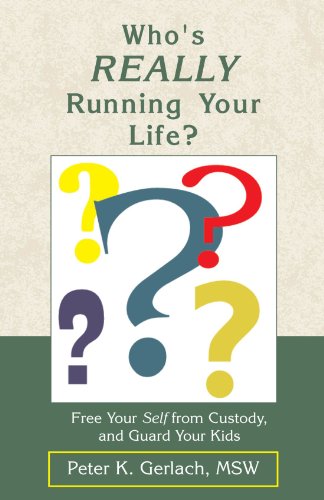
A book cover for Who's Really Running Your Life?: Free Your Self from Custody, and Guard Your Kids; Peter K. Gerlach; Parenting & Relationships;